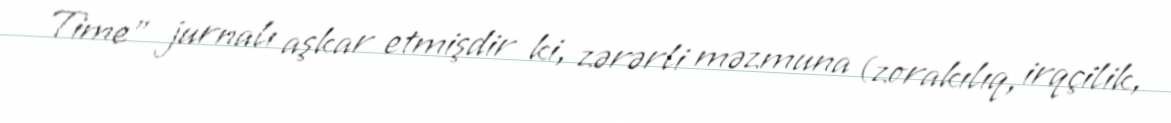
Time" jurnalı aşkar etmişdir ki, zərərli məzmuna (zorakılıq, irqçilik,